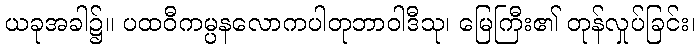
ယခုအခါ၌။ ပထဝီကမ္ပနလောကပါတုဘာဝါဒီသု၊ မြေကြီး၏ တုန်လှုပ်ခြင်း၊